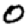
Digit: 0